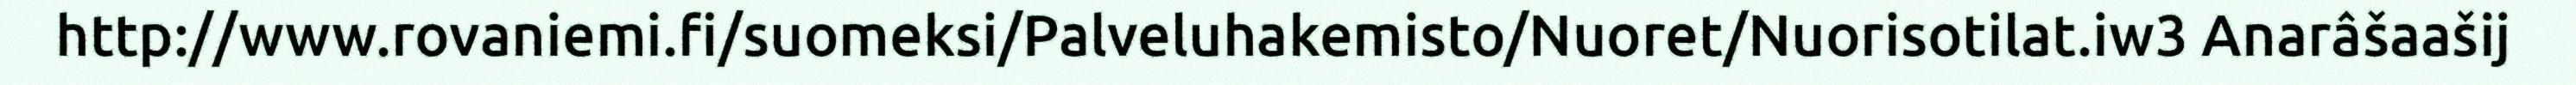
http://www.rovaniemi.fi/suomeksi/Palveluhakemisto/Nuoret/Nuorisotilat.iw3 Anarâšaašij